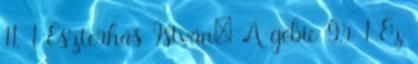
11. 1 Eszterhás István: A gébic 9.r 1 Ez